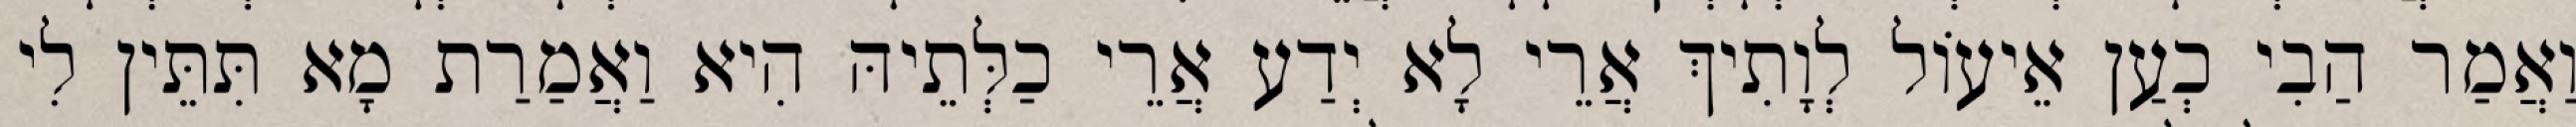
וַאֲמַר הַבִי כְעַן אֵיעוֹל לְוָתִיךְ אֲרֵי לָא יְדַע אֲרֵי כַלְּתֵיהּ הִיא וַאֲמַרַת מָא תִּתֵּין לִי